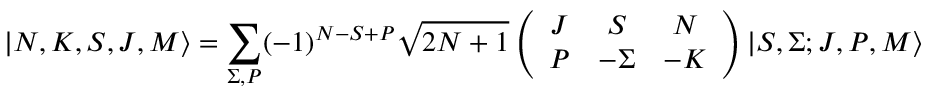
| N , K , S , J , M \rangle = \sum _ { \Sigma , P } ( - 1 ) ^ { N - S + P } \sqrt { 2 N + 1 } \left( \begin{array} { c c c } { J } & { S } & { N } \\ { P } & { - \Sigma } & { - K } \end{array} \right) | S , \Sigma ; J , P , M \rangle